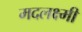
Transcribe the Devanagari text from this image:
मदलक्ष्मी